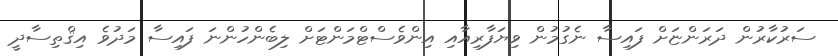
ސަރުކާރުން ދަރަންޏަށް ފައިސާ ނެގުމުން ވިޔަފާރިއާއި އިންވެސްޓްމަންޓަށް ލިބެންހުންނަ ފައިސާ މަދުވެ އިޤްތިސާދީ